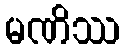
မဏိဿ